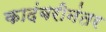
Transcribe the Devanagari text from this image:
कादंबरीनंतर